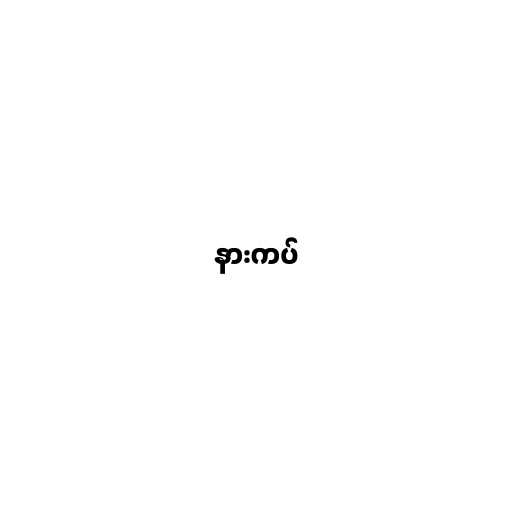
နားကပ်